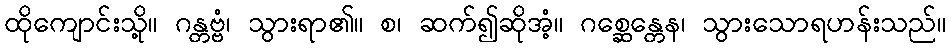
ထိုကျောင်းသို့။ ဂန္တဗ္ဗံ၊ သွားရာ၏။ စ၊ ဆက်၍ဆိုအံ့။ ဂစ္ဆေန္တေန၊ သွားသောရဟန်းသည်။